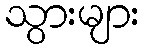
သွားများ